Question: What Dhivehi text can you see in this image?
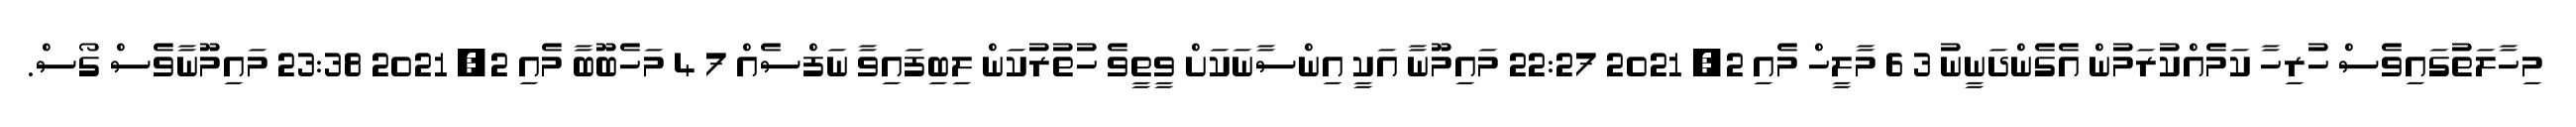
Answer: މިހާލަތުގައިވެސް ހުރިހާ ކަމެއްކުރަމުން އެގެންދަނީނު 3 6 މާލީހް މެއި 2, 2021 22:27 މައިމޫނާ އަކީ އިންސާނަކަށް ވީތީވެ ހުތުރުކަން ލިބިފައިވާ ނަފްސެއް 7 4 މަހެބޫބާ މެއި 2, 2021 23:38 މައިމޫނާވެސް ގޯސް.